画像に写った文字を読んでください
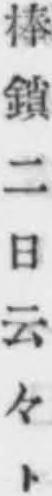
「棒鎖二日云々ト」と書いてあります